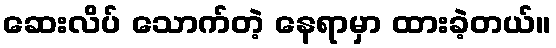
ဆေးလိပ် သောက်တဲ့ နေရာမှာ ထားခဲ့တယ်။